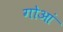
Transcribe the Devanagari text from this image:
गोआं